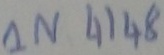
Text: IN4148